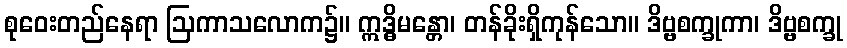
စုဝေးတည်နေရာ ဩကာသလောက၌။ ဣဒ္ဓိမန္တော၊ တန်ခိုးရှိကုန်သော။ ဒိဗ္ဗစက္ခုကာ၊ ဒိဗ္ဗစက္ခု